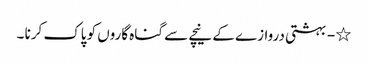
٭ - بہشتی دروازے کے نیچے سے گناہ گاروں کو پاک کرنا ۔